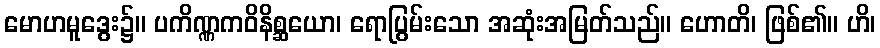
မောဟမူဒွေး၌။ ပကိဏ္ဏကဝိနိစ္ဆယော၊ ရောပြွမ်းသော အဆုံးအမြတ်သည်။ ဟောတိ၊ ဖြစ်၏။ ဟိ၊